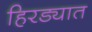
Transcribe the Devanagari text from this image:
हिरड्यात